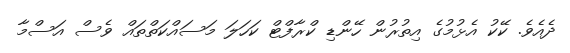
ދެއެވެ. ކޭކު އެޅުމުގެ އިތުރުން ހޭންޑި ކްރާފްޓް ކަހަލަ މަސައްކަތްތައް ވެސް އަސްމާ